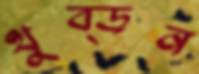
থুব্‌ড়ন